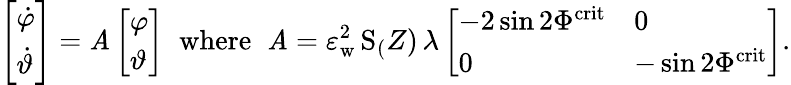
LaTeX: \left[\begin{array}{l}{\dot{\varphi}}\\ {\dot{\vartheta}}\end{array}\right]=\mathit{A}\left[\begin{array}{l}{{\varphi}}\\ {{\vartheta}}\end{array}\right]\; \; \mathrm{{where}}\; \; \mathit{A}=\varepsilon_{\mathrm{{w}}}^{2}\, \mathrm{{S}}_(Z)\, \lambda\left[\begin{array}{ll}{-2\sin 2\Phi^{\mathrm{crit}}}&{0}\\ {0}&{-\sin 2\Phi^{\mathrm{crit}}}\end{array}\right].